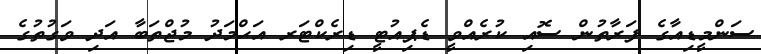
ސަންމީޑިއާގެ ފަރާތުން ސޮއި ކުރެއްވީ ޑެޕިއުޓީ ޑިރެކްޓަރ އަޙްމަދު މުޖްތަބާ އަދި ވަގުތުގެ